Proceedings of the meeting of veterinary officers in India
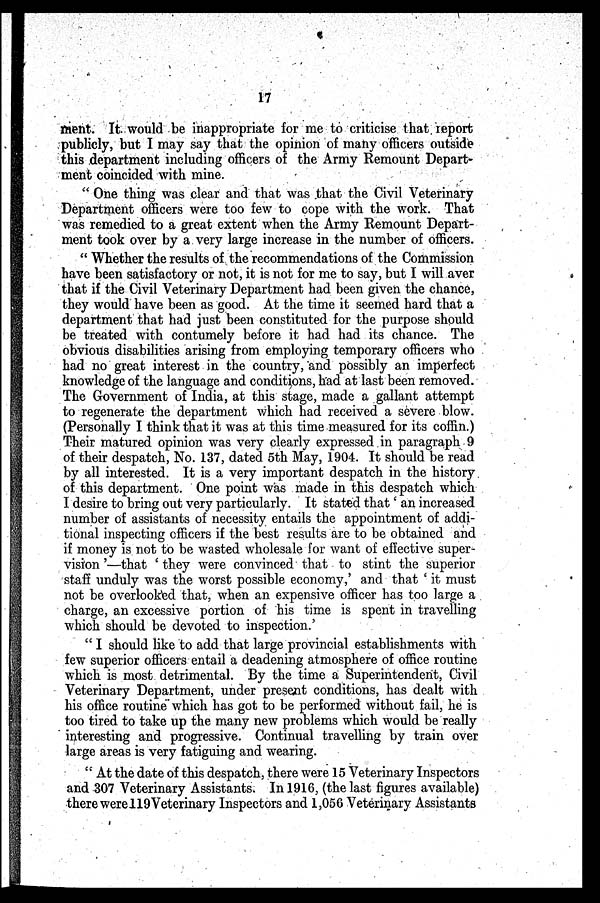
17
ment. It. would be inappropriate for me to criticise that report
publicly, but I may say that the opinion of many officers outside
this department including officers of the Army Remount Depart-
ment coincided with mine.
" One thing was clear and that was that the Civil Veterinary
Department officers were too few to cope with the work. That
was remedied to a great extent when the Army Remount Depart-
ment took over by a very large increase in the number of officers.
" Whether the results of the recommendations of the Commission
have been satisfactory or not, it is not for me to say, but I will aver
that if the Civil Veterinary Department had been given the chance,
they would have been as good. At the time it seemed hard that a
department that had just been constituted for the purpose should
be treated with contumely before it had had its chance. The
obvious disabilities arising from employing temporary officers who
had no great interest in the country, and possibly an imperfect
knowledge of the language and conditions, had at last been removed.
The Government of India, at this stage, made a gallant attempt
to regenerate the department which had received a severe blow.
(Personally I think that it was at this time measured for its coffin.)
Their matured opinion was very clearly expressed in paragraph 9
of their despatch, No. 137, dated 5th May, 1904. It should be read
by all interested. It is a very important despatch in the history
of this department. One point was made in this despatch which
I desire to bring out very particularly. It stated that ' an increased
number of assistants of necessity entails the appointment of addi-
tional inspecting officers if the best results are to be obtained and
if money is not to be wasted wholesale for want of effective super-
vision '—that ' they were convinced that to stint the superior
staff unduly was the worst possible economy,' and that ' it must
not be overlooked that, when an expensive officer has too large a
charge, an excessive portion of his time is spent in travelling
which should be devoted to inspection.'
" I should like to add that large provincial establishments with
few superior officers entail a deadening atmosphere of office routine
which is most detrimental. By the time a Superintendent, Civil
Veterinary Department, under present conditions, has dealt with
his office routine which has got to be performed without fail, he is
too tired to take up the many new problems which would be really
interesting and progressive. Continual travelling by train over
large areas is very fatiguing and wearing.
" At the date of this despatch, there were 15 Veterinary Inspectors
and 307 Veterinary Assistants. In 1916, (the last figures available)
there were 119Veterinary Inspectors and 1,056 Veterinary Assistants